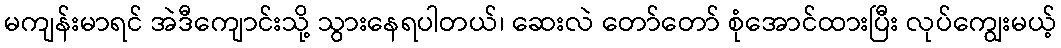
မကျန်းမာရင် အဲဒီကျောင်းသို့ သွားနေရပါတယ်၊ ဆေးလဲ တော်တော် စုံအောင်ထားပြီး လုပ်ကျွေးမယ့်